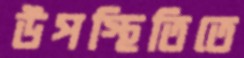
উপস্থিতিতে